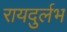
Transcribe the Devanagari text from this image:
रायदुर्लभ